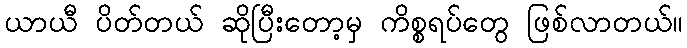
ယာယီ ပိတ်တယ် ဆိုပြီးတော့မှ ကိစ္စရပ်တွေ ဖြစ်လာတယ်။